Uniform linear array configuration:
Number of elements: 12
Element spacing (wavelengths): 0.75
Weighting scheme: cosine
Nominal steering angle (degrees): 15
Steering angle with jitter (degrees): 13.571
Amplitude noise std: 0.05
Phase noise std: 0.05

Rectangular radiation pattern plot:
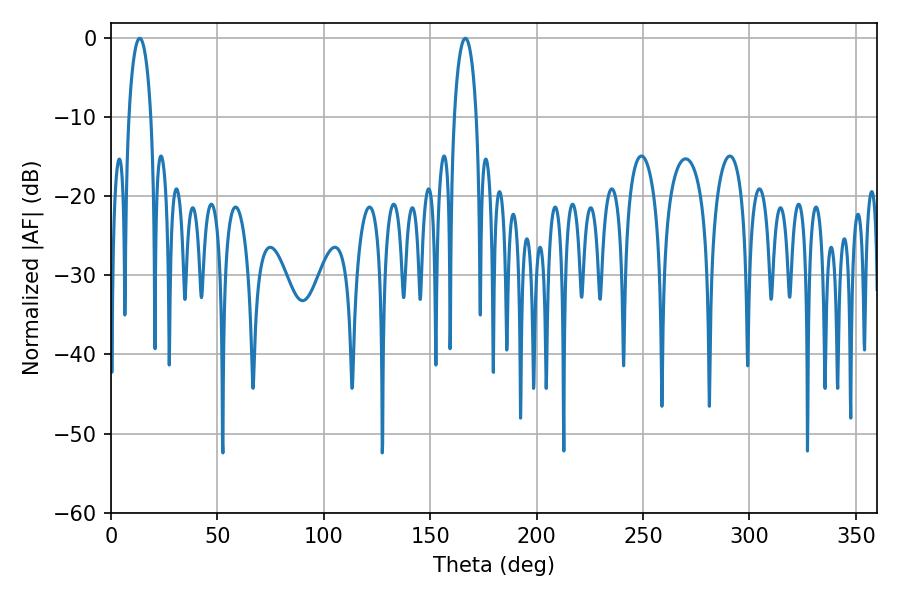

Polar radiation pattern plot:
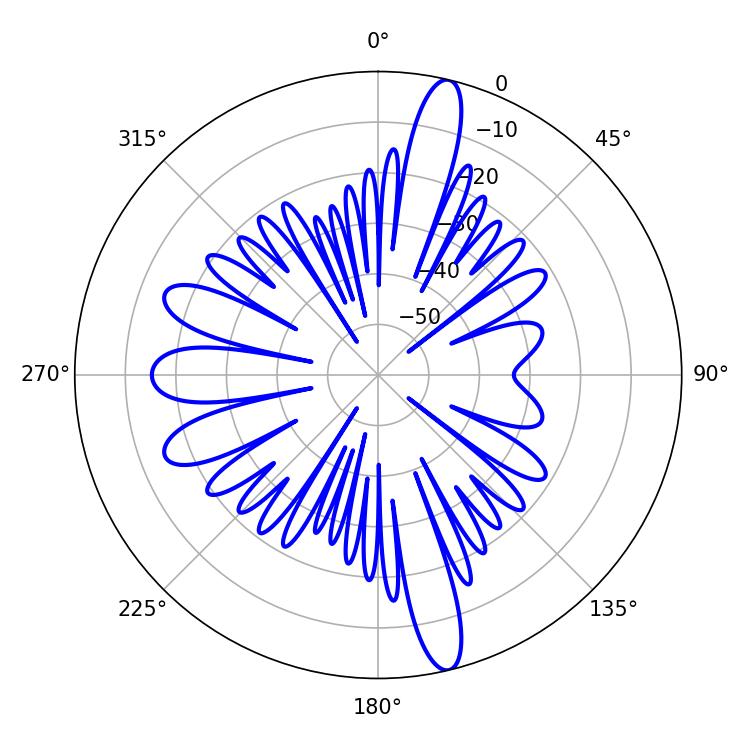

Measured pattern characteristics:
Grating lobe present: TRUE
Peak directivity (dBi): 17.213
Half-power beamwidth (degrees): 5.94
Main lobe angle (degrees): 166.5